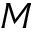
M